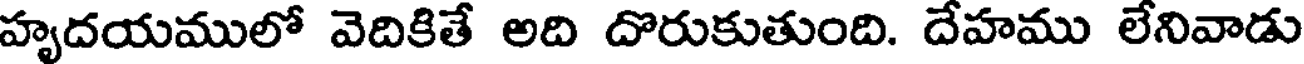
హృదయములో వెదికితే అది దొరుకుతుంది. దేహము లేనివాడు